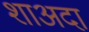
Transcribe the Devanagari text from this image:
शाअदा